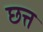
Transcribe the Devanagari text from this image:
छत्त